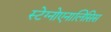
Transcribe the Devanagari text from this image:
स्टेग्नोएनालिसिस